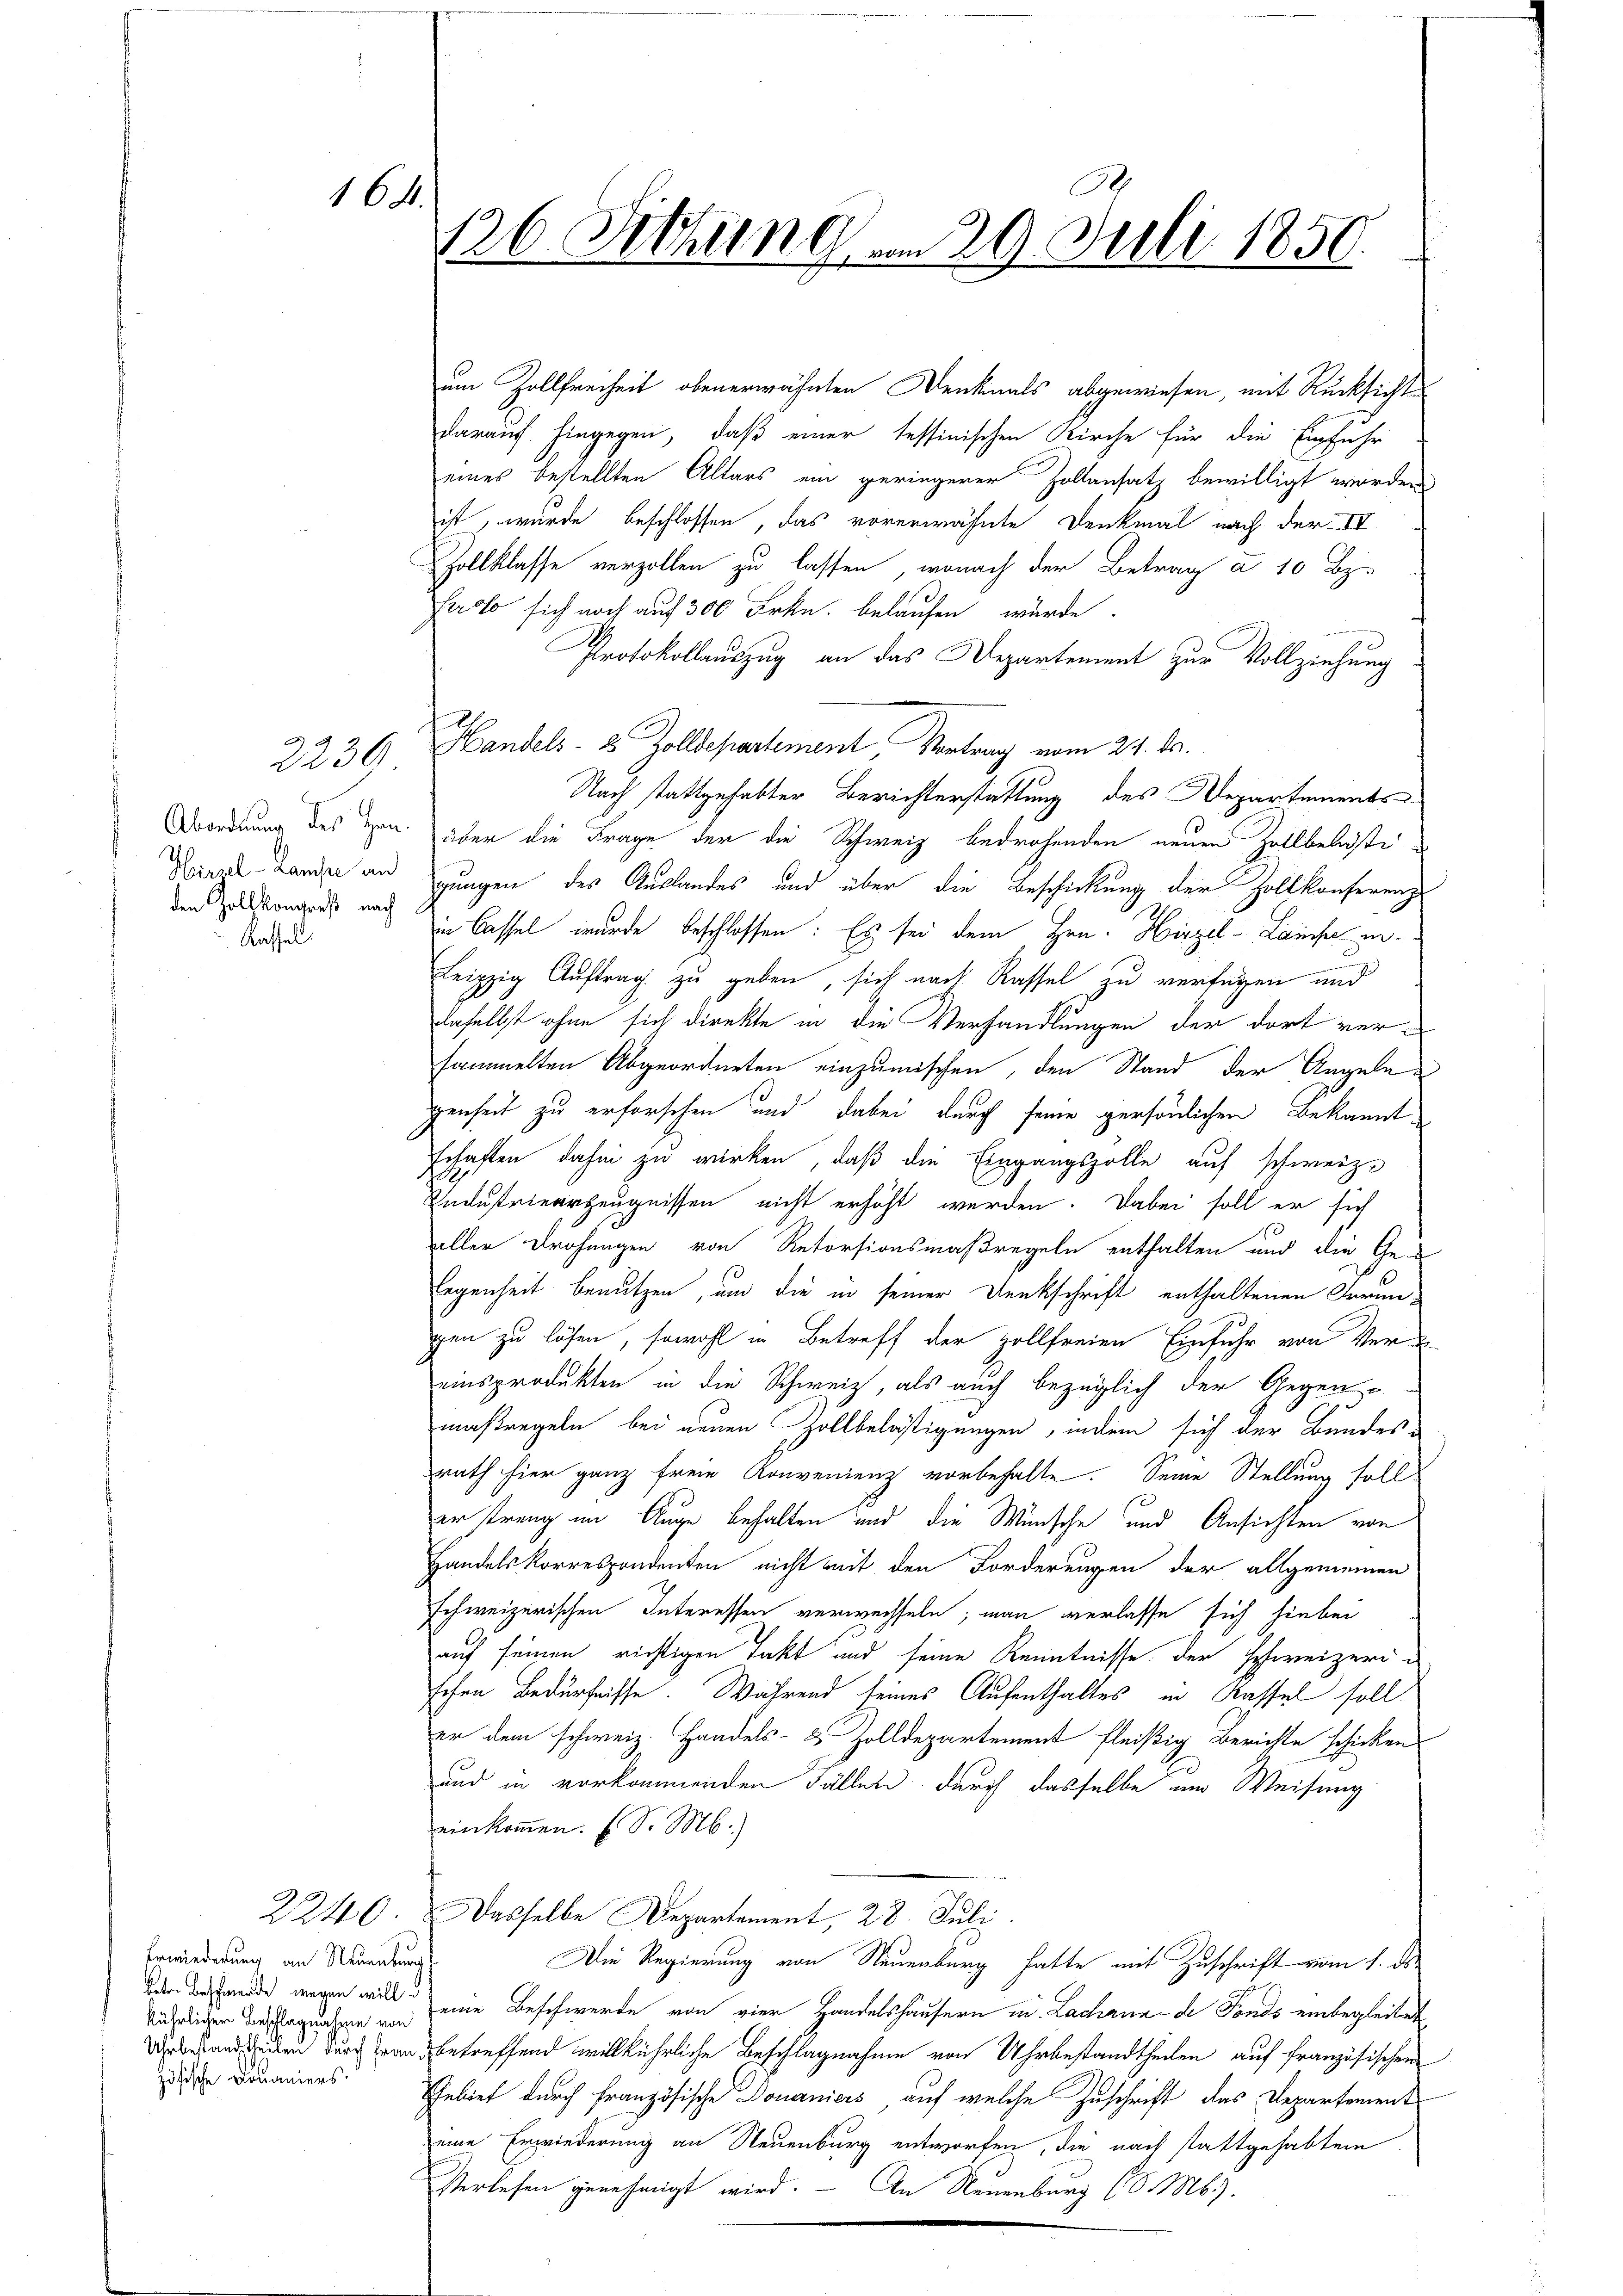
164.

2230

Hiral-Laufe an
den Hollkongreß nach
Kassel.

Erwiederung an Neuenburg
kührlichen Beschlagnahme von
zösische Douaniers.

um Zollfreiheit obenerwähnten Denkmals abgewiesen, mit Rücksicht
darauf hingegen, daß einer tessinischen Kirche für die Einfuhr
eines bestellten Altars ein geringerer Zollansatz bewilligt worden
ist, wurde beschlossen, das vorerwähnte Denkmal nach der IV
Zollklasse verzollen zu lassen, wonach der Betrag a 10 Bz.
Facto sich noch auf 300 Frkn. belaufen würde.
Protokollauszug an das Departement zur Vollziehung
Handels- 2 Zolldepartement Vortrag vom 24. ds.
Nach stattgehabter Berichterstattung des Departements-
Abordnung des den über die Frage der die Schweiz bedrohenden neuen Zollbelustigungen des Auslandes und über die Beschickung der Zollkonferenz
in Cassel wurde beschlossen: Es sei dem Hrn. Hirzel-Laise en
Leipzig Auftrag zu geben, sich nach Rassel zu verfügen und
daselbst ohne sich direkte in die Verhandlungen der dort versammelten Abgeordneten einzumischen, den Stand der Angele
genheit zu erforschen und dabei durch seine persönlichen Bekanntschaften dahin zu wirken, daß die Eingangszolle auf schweiz.
Industrinerzeugnissen nicht erhöht werden. Dabei soll er sich
aller Drohungen von Retorsionsmaßregeln enthalten und die Ge¬
Legenheit benutzen, um die in seiner Denkschrift enthaltenen Forungen zu lösen, sowohl in Betreff der Zollfreien Einfuhr von Vereinsprodukten in die Schweiz, als auch bezüglich der Gegen-
maßregeln bei neuen Zollbelästigungen, indem sich der Bundesrath hier ganz freie Konvenienz vorbehalte. Seine Stellung soll
er trang im Auge behalten und die Wünsche und Ansichten von
Handelskorrespondenten nicht mit den Forderungen der allgemeinen
schweizerischen Interessen verwechseln; man verlasse sich hiebei
auf seinen richtigen Takt und seine Kenntnisse der Schweizerischen Bedürfnisse. Während seines Aufenthaltes in Kassel soll
er dem schweiz. Handels- & Zolldepartement fleißig Berichte schicken
und in vorkommenden Fällen durch dasselbe um Weisung
einkommen. (S. M.)
2240. Dasselbe Departement, 28. Juli.
Die Regierung von Neuenburg hatte mit Zuschrift vom 1. ds.
War des ande wegen will eine Beschwerte von vier Handelshäusern au. Lachenade Fonds einbegleitet
Ueberstand den durch an betreffend willkührliche Beschlagnahme von Uhr bestandtheilen auf französischen
Gebiet durch französische Douaniers, auf welche Zuschrift das Departement
eine Erwiederung an Neuenburg entworfen, die nach stattgehabten
Verlesen genehmigt wird. — An Neuenburg (S. Ms.).

126. Sitzung . . 29. Juli 1850